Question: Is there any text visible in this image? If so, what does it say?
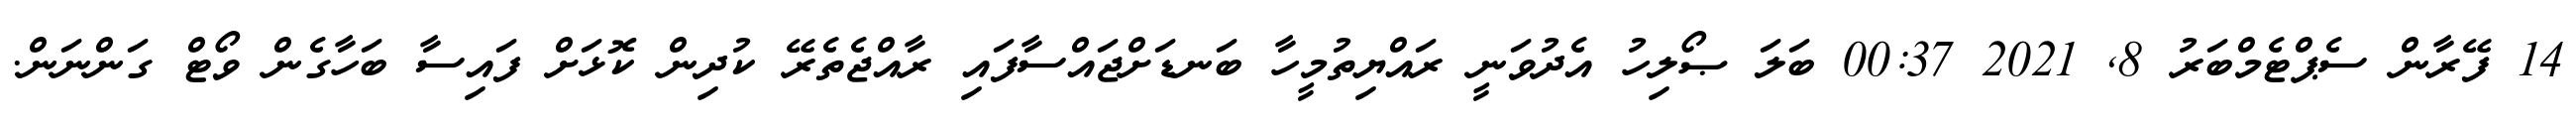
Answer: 14 ފޭރާން ސެޕްޓެމްބަރު 8, 2021 00:37 ބަލަ ޞޯލިހު އެދުވަނީ ރައްޔިތުމީހާ ބަނޑަށްޖައްސާފައި ރާއްޖެތެރޭ ކުދިން ކޮޅަށް ފައިސާ ބަހާގެން ވޯޓް ގަންނަން.